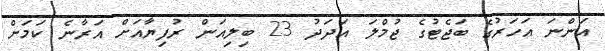
އަންނަ އަހަރުގެ ބަޖެޓުގެ ޖުމްލަ އަދަދު 23 ބިލިއަން ރުފިޔާއަށް އަރާނެ ކަމަށް